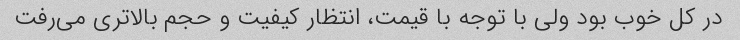
در کل خوب بود ولی با توجه با قیمت، انتظار کیفیت و حجم بالاتری می‌رفت